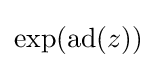
\exp(\mathrm {ad} (z))\